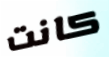
كانت